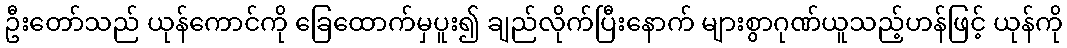
ဦးတော်သည် ယုန်ကောင်ကို ခြေထောက်မှပူး၍ ချည်လိုက်ပြီးနောက် များစွာဂုဏ်ယူသည့်ဟန်ဖြင့် ယုန်ကို